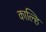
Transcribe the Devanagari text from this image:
काल्हि